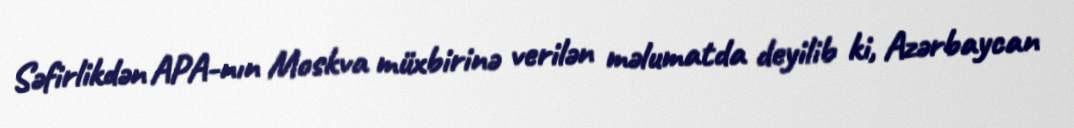
Səfirlikdən APA-nın Moskva müxbirinə verilən məlumatda deyilib ki, Azərbaycan